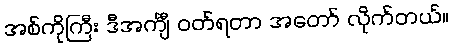
အစ်ကိုကြီး ဒီအင်္ကျီ ဝတ်ရတာ အတော် လိုက်တယ်။